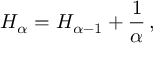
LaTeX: H _ { \alpha } = H _ { \alpha - 1 } + { \frac { 1 } { \alpha } } \, ,